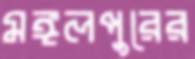
মঙ্গলপুরের